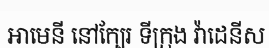
អាមេនី នៅក្បែរ ទីក្រុង វ៉ាដេនីស